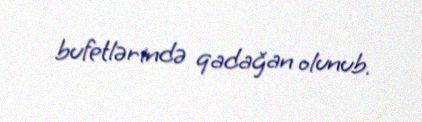
bufetlərində qadağan olunub.